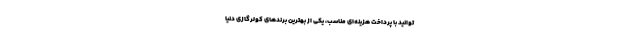
‌توانید با پرداخت هزینه‌ای مناسب، یکی از بهترین برندهای کولرگازی دنیا